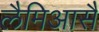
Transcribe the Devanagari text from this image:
लैमिआसै